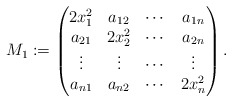
\begin{align*}M_1:=\begin{pmatrix}2x_1^2 & a_{12} & \cdots & a_{1n}\\a_{21} &2x_2^2& \cdots & a_{2n}\\\vdots & \vdots &\cdots &\vdots\\a_{n1}& a_{n2} & \cdots & 2x_n^2 \end{pmatrix}.\end{align*}